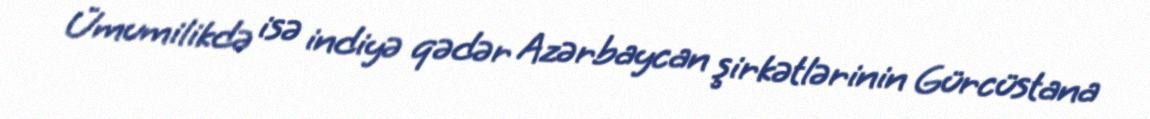
Ümumilikdə isə indiyə qədər Azərbaycan şirkətlərinin Gürcüstana